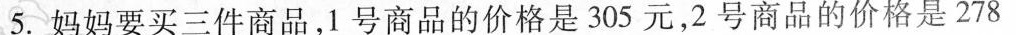
5.妈妈要买三件商品，1号商品的价格是305元，2号商品的价格是278